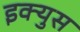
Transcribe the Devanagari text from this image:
इक्युस